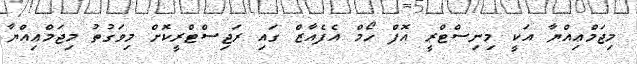
މިޖަމްޢިއްޔާ އަކީ މިނިސްޓްރީ އޮފް ހޯމް އެފެއާޒް ގައި ރަޖިސްޓްރީކޮށް މިވަގުތު މިޖަމްޢިއްޔާ